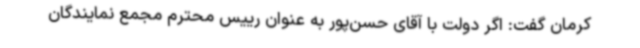
کرمان گفت: اگر دولت با آقای حسن‌پور به عنوان رییس محترم مجمع نمایندگان